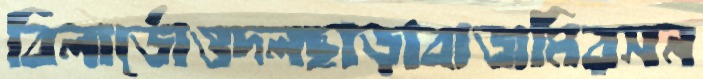
বিলার্ডোওদলছাড়াবাজমিরসন